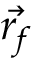
\vec { r _ { f } }